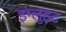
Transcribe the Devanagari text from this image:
इग्लुइट